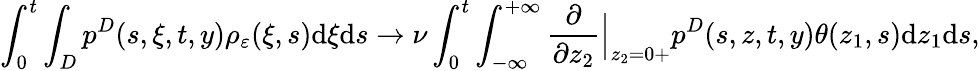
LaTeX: \int_{0}^{t}\int_{D}p^{D}(s,\xi,t,y)\rho_{\varepsilon}(\xi,s)\textrm{d}\xi\textrm{d}s\to\nu\int_{0}^{t}\int_{-\infty}^{+\infty}\frac{\partial}{\partial z_{2}}\Big|_{z_{2}=0+}p^{D}(s,z,t,y)\theta(z_{1},s)\textrm{d}z_{1}\textrm{d}s,